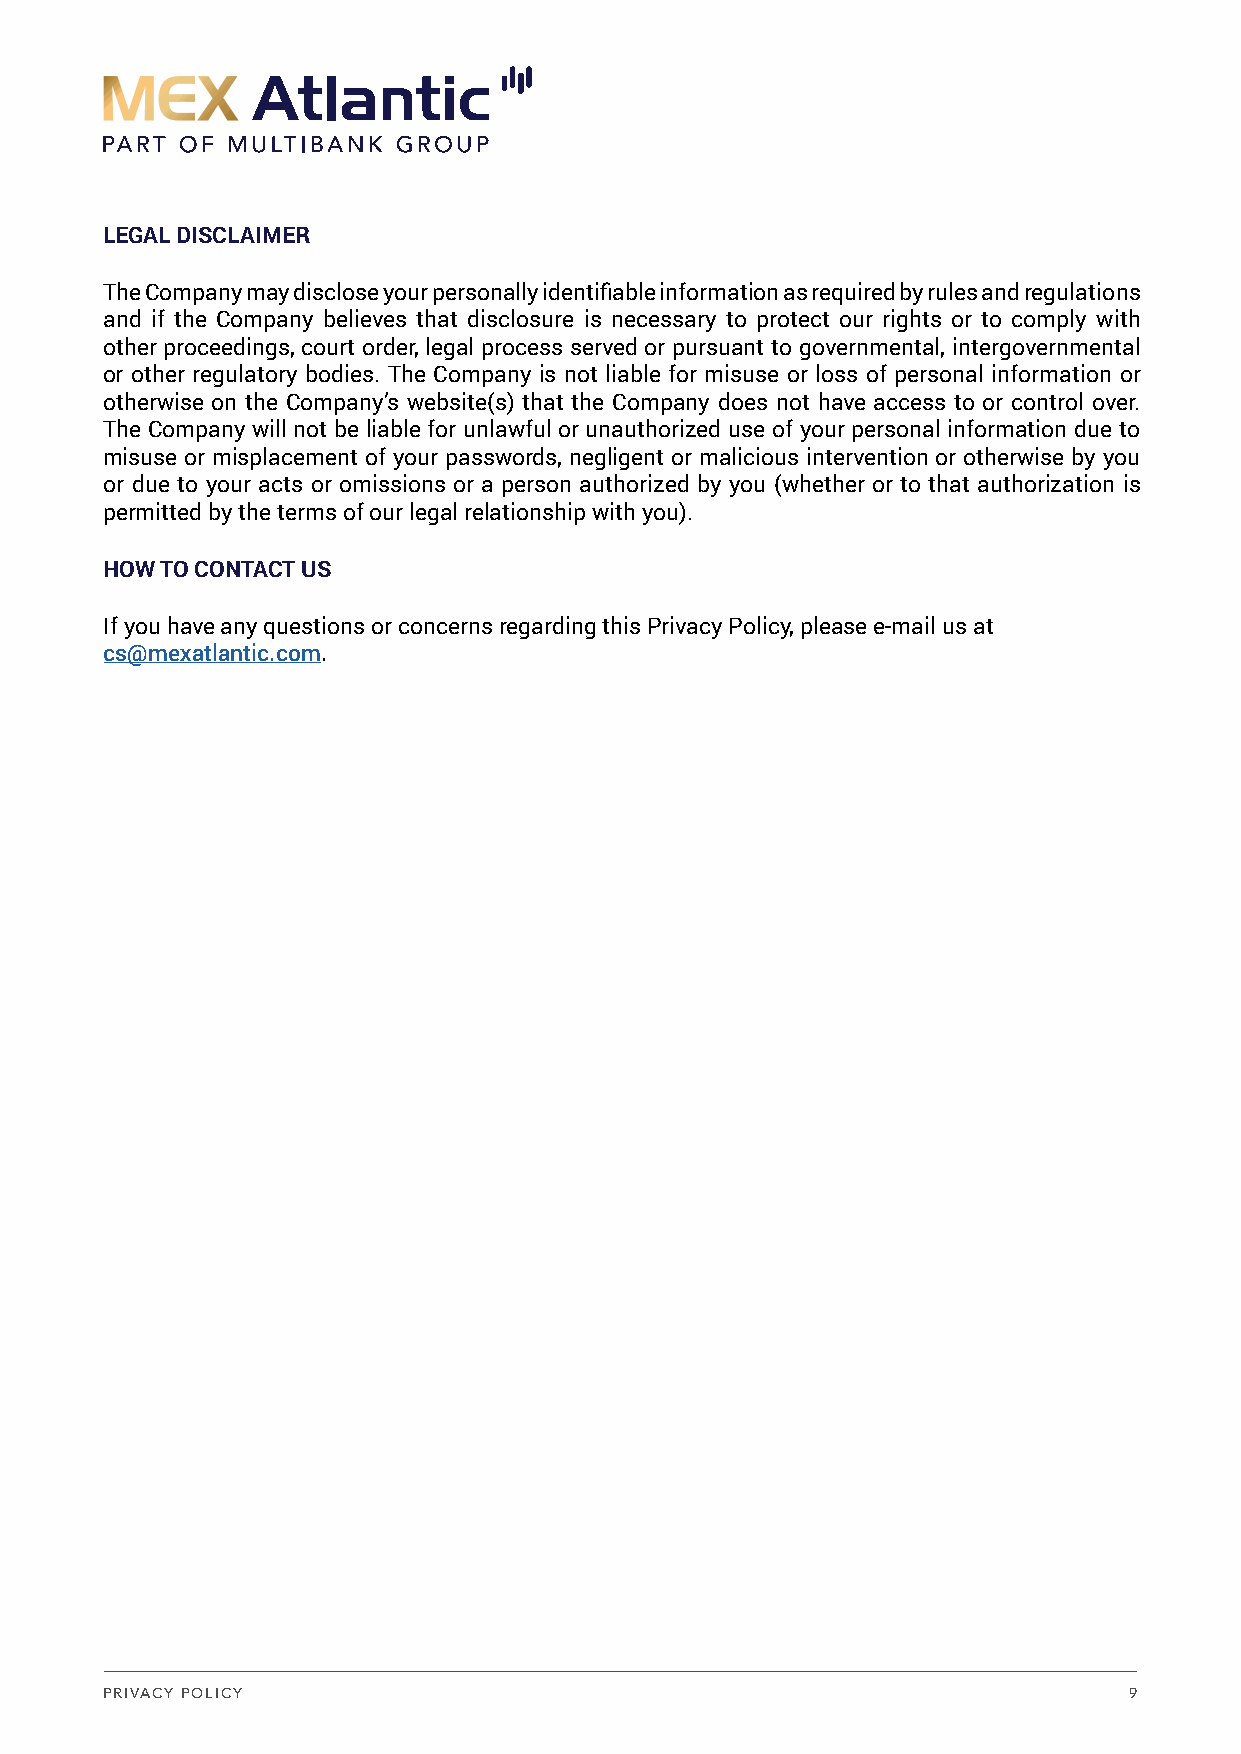
LEGAL DISCLAIMER
 The Company may disclose your personally identifiable information as required by rules and regulations
 and if the Company believes that disclosure is necessary to protect our rights or to comply with
 other proceedings, court order, legal process served or pursuant to governmental, intergovernmental
 or other regulatory bodies. The Company is not liable for misuse or loss of personal information or
 otherwise on the Company’s website(s) that the Company does not have access to or control over.
 The Company will not be liable for unlawful or unauthorized use of your personal information due to
 misuse or misplacement of your passwords, negligent or malicious intervention or otherwise by you
 or due to your acts or omissions or a person authorized by you (whether or to that authorization is
 permitted by the terms of our legal relationship with you).
 HOW TO CONTACT US
 If you have any questions or concerns regarding this Privacy Policy, please e-mail us at
 cs@mexatlantic.com.
 PRIVACY POLICY                                                      9